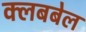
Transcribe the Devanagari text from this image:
क्लबबेल